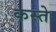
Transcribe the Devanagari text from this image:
कस्‍ते